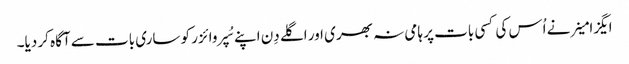
ایگزامینر نے اُس کی کسی بات پر ہامی نہ بھری اور اگلے دِن اپنے سُپروائزر کو ساری بات سے آگاہ کر دیا۔